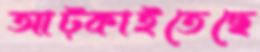
আট্‌কাইতেছে